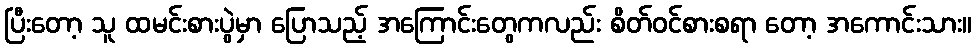
ပြီးတော့ သူ ထမင်းစားပွဲမှာ ပြောသည့် အကြောင်းတွေကလည်း စိတ်ဝင်စားစရာ တော့ အကောင်းသား။